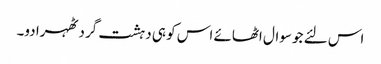
اس لئے جو سوال اٹھائے اس کو ہی دہشت گرد ٹھہرا دو۔